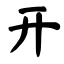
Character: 开